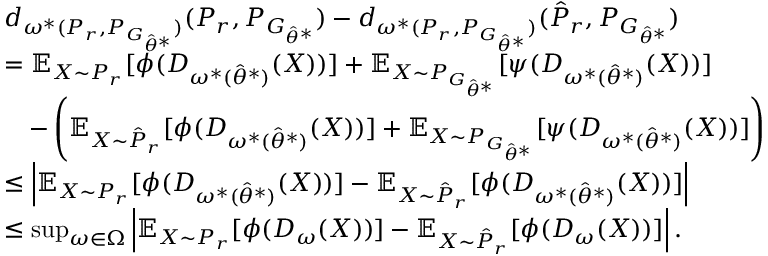
\begin{array} { r l } & { d _ { \omega ^ { * } ( P _ { r } , P _ { G _ { \hat { \theta } ^ { * } } } ) } ( P _ { r } , { P } _ { G _ { \hat { \theta } ^ { * } } } ) - d _ { \omega ^ { * } ( P _ { r } , P _ { G _ { \hat { \theta } ^ { * } } } ) } ( \hat { P } _ { r } , { P } _ { G _ { \hat { \theta } ^ { * } } } ) } \\ & { = \mathbb { E } _ { X \sim P _ { r } } [ \phi ( D _ { \omega ^ { * } ( \hat { \theta } ^ { * } ) } ( X ) ) ] + \mathbb { E } _ { X \sim P _ { G _ { \hat { \theta } ^ { * } } } } [ \psi ( D _ { \omega ^ { * } ( \hat { \theta } ^ { * } ) } ( X ) ) ] } \\ & { \quad - \left( \mathbb { E } _ { X \sim \hat { P } _ { r } } [ \phi ( D _ { \omega ^ { * } ( \hat { \theta } ^ { * } ) } ( X ) ) ] + \mathbb { E } _ { X \sim P _ { G _ { \hat { \theta } ^ { * } } } } [ \psi ( D _ { \omega ^ { * } ( \hat { \theta } ^ { * } ) } ( X ) ) ] \right) } \\ & { \le \left| \mathbb { E } _ { X \sim P _ { r } } [ \phi ( D _ { \omega ^ { * } ( \hat { \theta } ^ { * } ) } ( X ) ) ] - \mathbb { E } _ { X \sim \hat { P } _ { r } } [ \phi ( D _ { \omega ^ { * } ( \hat { \theta } ^ { * } ) } ( X ) ) ] \right| } \\ & { \le \operatorname* { s u p } _ { \omega \in \Omega } \left| \mathbb { E } _ { X \sim P _ { r } } [ \phi ( D _ { \omega } ( X ) ) ] - \mathbb { E } _ { X \sim \hat { P } _ { r } } [ \phi ( D _ { \omega } ( X ) ) ] \right| . } \end{array}